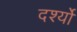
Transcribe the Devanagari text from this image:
दर्श्यों